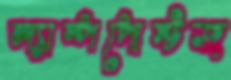
ল্যাম্পপোস্টজ